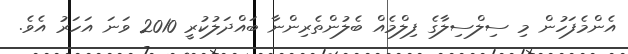
އެންމެފަހުން މި ސިލްސިލާގެ ފިލްމެއް ބެލުންތެރިންނާ ބައްދަލުކުރީ 2010 ވަނަ އަހަރު އެވެ.